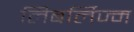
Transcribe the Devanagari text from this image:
लिबर्लिज्म